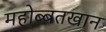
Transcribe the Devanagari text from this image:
महोब्बतखान